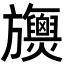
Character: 𣄪